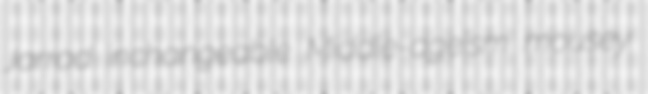
Jarrad inchangeable Middle-ageism mousey